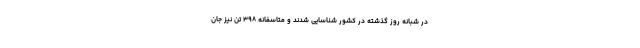
در شبانه روز گذشته در کشور شناسایی شدند و متاسفانه ۳۹۸ تن نیز جان